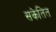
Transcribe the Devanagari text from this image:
सकेतित